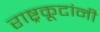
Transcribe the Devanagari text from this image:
राष्ट्रकूटांनी